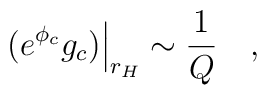
\left. (e^{\phi_c} g_c) \right|_{r_H} \sim {\frac{1}{Q}}  \quad ,